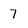
Character: 7